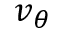
v _ { \theta }